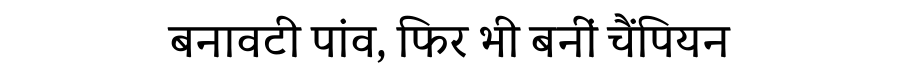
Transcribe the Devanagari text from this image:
बनावटी पांव, फिर भी बनीं चैंपियन